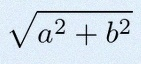
\sqrt{a^2+b^2}